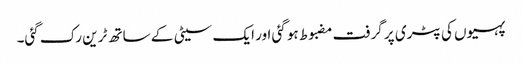
پہیوں کی پٹری پر گرفت مضبوط ہو گئی اور ایک سیٹی کے ساتھ ٹرین رک گئی۔